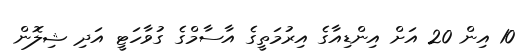
10 އިން 20 އަށް އިންޑިއާގެ އިރުމަތީގެ އާސާމްގެ ގުވާހަޓީ އަދި ޝިލޮން